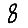
Digit: 8